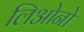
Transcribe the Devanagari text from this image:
लिओनो